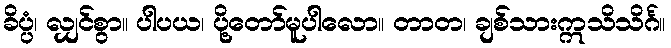
ခိပ္ပံ၊ လျှင်စွာ။ ပါပယ၊ ပို့တော်မူပါလော။ တာတ၊ ချစ်သားဣသိသိင်္ဂ။